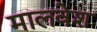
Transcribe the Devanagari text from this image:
मालवेश